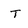
Character: T